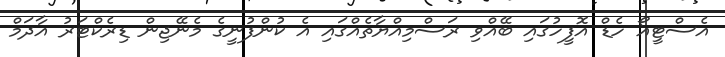
އެސްޓީއޯ ހެޑް އޮފީހުގައި ބޭއްވި ރަސްމިއްޔާތެއްގައި އެ ކުންފުނީގެ މެނޭޖިން ޑިރެކްޓަރު އާދަމް